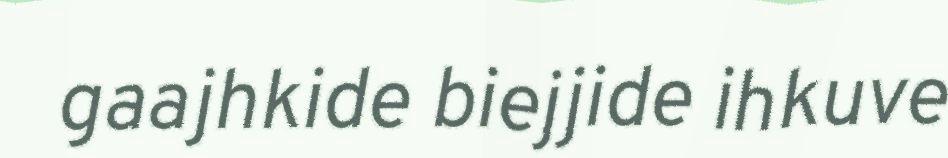
gaajhkide biejjide ihkuve